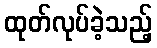
ထုတ်လုပ်ခဲ့သည့်